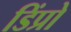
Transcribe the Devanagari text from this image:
डिंप्रो